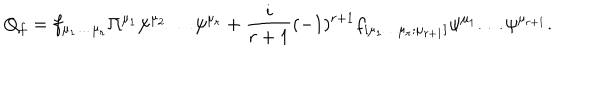
Q _ { f } = f _ { \mu _ { 1 } \dots \mu _ { r } } \Pi ^ { \mu _ { 1 } } \psi ^ { \mu _ { 2 } } \dots \psi ^ { \mu _ { r } } + \frac { i } { r + 1 } ( - 1 ) ^ { r + 1 } f _ { [ \mu _ { 1 } \dots \mu _ { r } ; \mu _ { r + 1 } ] } \psi ^ { \mu _ { 1 } } \dots \psi ^ { \mu _ { r + 1 } } .